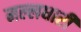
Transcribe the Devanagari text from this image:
मल्लधारी